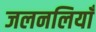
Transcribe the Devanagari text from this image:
जलनलियाँ